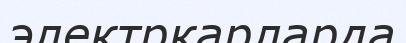
электркарларда